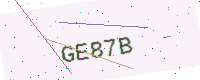
Text: GE87B